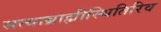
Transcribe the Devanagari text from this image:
सत्याब्राह्मीस्थितिरिव